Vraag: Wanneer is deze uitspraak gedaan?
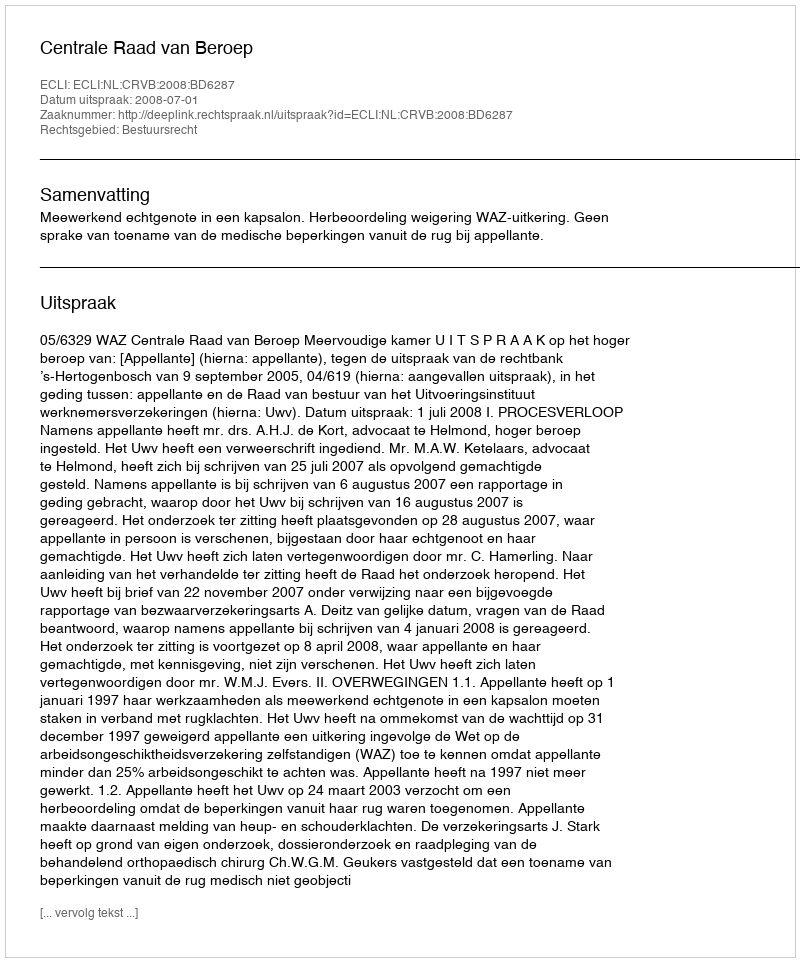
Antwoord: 2008-07-01